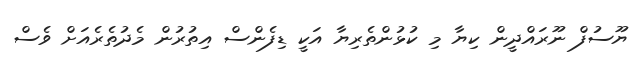
ޔޫސުފް ނޫރައްދީން ކިޔާ މި ކުޅުންތެރިޔާ އަކީ ޑިފެންސް އިތުރުން މެދުތެރެއަށް ވެސް